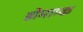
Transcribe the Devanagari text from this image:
डोमाग्क